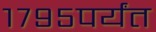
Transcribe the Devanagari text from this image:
१७९५पर्यंत